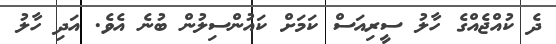
ދެ ކުއްޖެއްގެ ހާލު ސީރިއަސް ކަމަށް ކައުންސިލުން ބުނެ އެވެ. އަދި ހާލު